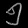
Digit: ၅